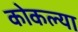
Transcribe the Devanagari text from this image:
कोकल्या